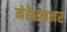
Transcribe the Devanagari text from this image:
मेहेरनजर